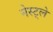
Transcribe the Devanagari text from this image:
नेस्ट्ले